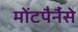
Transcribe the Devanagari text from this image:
मोंटपैर्नैसे